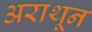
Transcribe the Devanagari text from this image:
अराथून